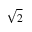
\sqrt { 2 }